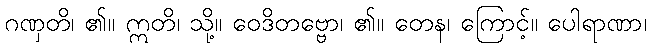
ဂဏှတိ၊ ၏။ ဣတိ၊ သို့။ ဝေဒိတဗ္ဗော၊ ၏။ တေန၊ ကြောင့်။ ပေါရာဏာ၊